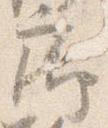
廊